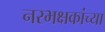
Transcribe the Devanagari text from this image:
नरभक्षकांच्या